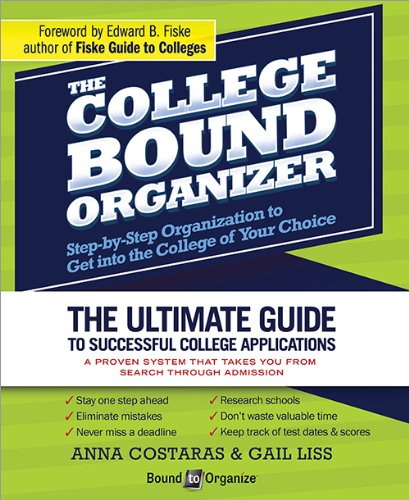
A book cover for The College Bound Organizer; Anna Costaras; Education & Teaching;